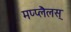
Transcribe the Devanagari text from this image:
मप्प्लैलस्